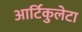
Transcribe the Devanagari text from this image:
आर्टिकुलेटा